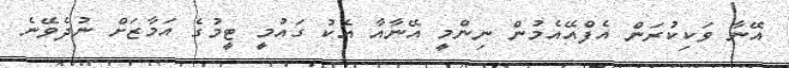
އޭނާ ވަކިކުރަން އެފްއޭއެމުން ނިންމީ އޭނާއާ އެކު ގައުމީ ޓީމުގެ އަމާޒަށް ނުދެވޭނެ